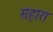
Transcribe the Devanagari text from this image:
संहारा